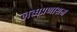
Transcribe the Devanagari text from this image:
लब्धप्रणाशम